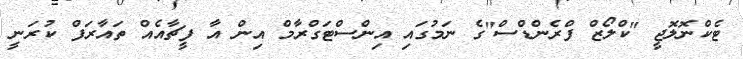
ޓެކްނޮލޮޖީ "ކްލޯޒް ފްރެންޑްސް"ގެ ނަމުގައި އިންސްޓަގްރާމް އިން އާ ފީޗާއެއް ތައާރަފް ކުރަނީ